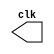
//Nome : Guilherme Rodrigues Melo de Oliveira
// ---------------------------
// -- test pulse generator (5)
// ---------------------------
module clock ( clk );
output clk;
reg      clk;
initial
  begin
   clk = 1'b0;
  end
always
  begin
   #8 clk = ~clk;
  end
endmodule
module pulse ( signal, clock );
input  clock;
output signal;
reg      signal;
always @ ( clock )
  begin
    signal = 1'b1;
#8  signal = 1'b0;
#8  signal = 1'b1;
#8  signal = 1'b0;
end
endmodule 
module Exemplo0045;
wire  clock;
clock clk ( clock );
wire  p1;
pulse   pulse1   ( p1, clock );
initial begin
  $dumpfile ( "Exemplo0045.vcd" );
  $dumpvars ( 1, clock, p1);
#376 $finish;
end
endmodule //